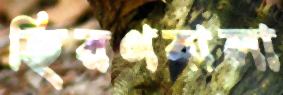
হিরণবালা